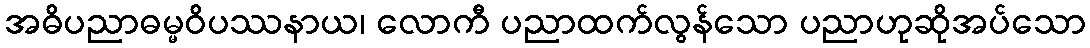
အဓိပညာဓမ္မဝိပဿနာယ၊ လောကီ ပညာထက်လွန်သော ပညာဟုဆိုအပ်သော